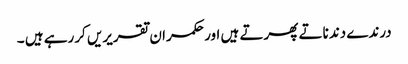
درندے دندناتے پھرتے ہیں اور حکمران تقریریں کررہے ہیں ۔